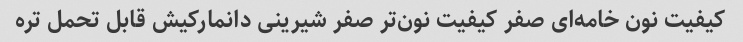
کیفیت نون خامه‌ای صفر کیفیت نون‌تر صفر شیرینی دانمارکیش قابل تحمل تره